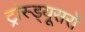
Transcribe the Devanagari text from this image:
ट्रांस्ड्यूसरों